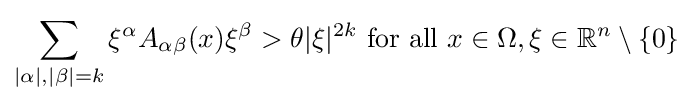
\sum _{|\alpha |,|\beta |=k}\xi ^{\alpha }A_{\alpha \beta }(x)\xi ^{\beta }>\theta |\xi |^{2k}{\mbox{ for all }}x\in \Omega ,\xi \in \mathbb {R} ^{n}\setminus \{0\}